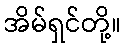
အိမ်ရှင်တို့။